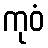
ကုဝံ